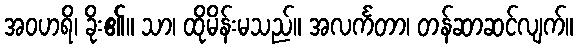
အဝဟရိ၊ ခိုး၏။ သာ၊ ထိုမိန်းမသည်။ အလင်္ကတာ၊ တန်ဆာဆင်လျက်။